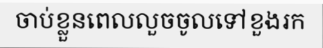
ចាប់ខ្លួនពេលលួចចូលទៅខួងរក